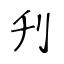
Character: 刋